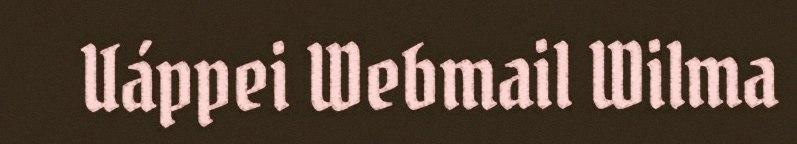
Uáppei Webmail Wilma